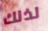
لذلك